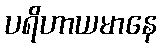
ပရိဟာယမာနေ